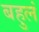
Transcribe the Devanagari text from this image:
बहुलं